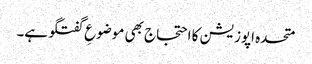
متحدہ اپوزیشن کا احتجاج بھی موضوعِ گفتگو ہے۔